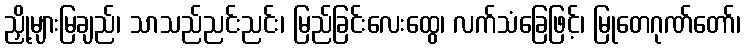
ညှို့များမြချည်၊ သာသည်ညင်းညင်း၊ မြည်ခြင်းလေးထွေ၊ လက်သံခြေဖြင့်၊ မြုတေဂုဏ်တော်၊